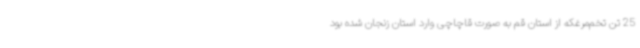
25 تن تخم‌مرغکه از استان قم به صورت قاچاچی وارد استان زنجان شده بود